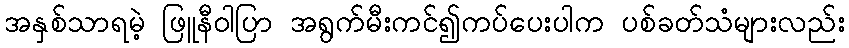
အနှစ်သာရမဲ့ ဖြူနီဝါပြာ အရွက်မီးကင်၍ကပ်ပေးပါက ပစ်ခတ်သံများလည်း